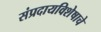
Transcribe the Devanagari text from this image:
संप्रदायविशेषाचे